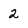
Character: 2